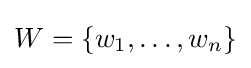
W=\{w_{1},\dots ,w_{n}\}